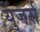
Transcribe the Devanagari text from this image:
युजर्स